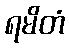
ရမိတံ